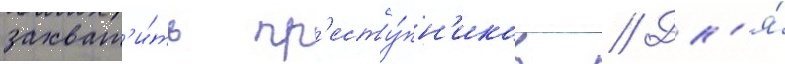
захват'и́ть пр'есту́пн'иков // Дл'я́